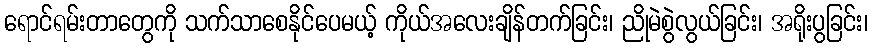
ရောင်ရမ်းတာတွေကို သက်သာစေနိုင်ပေမယ့် ကိုယ်အလေးချိန်တက်ခြင်း၊ ညိုမဲစွဲလွယ်ခြင်း၊ အရိုးပွခြင်း၊